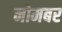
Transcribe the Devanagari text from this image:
नोमबर